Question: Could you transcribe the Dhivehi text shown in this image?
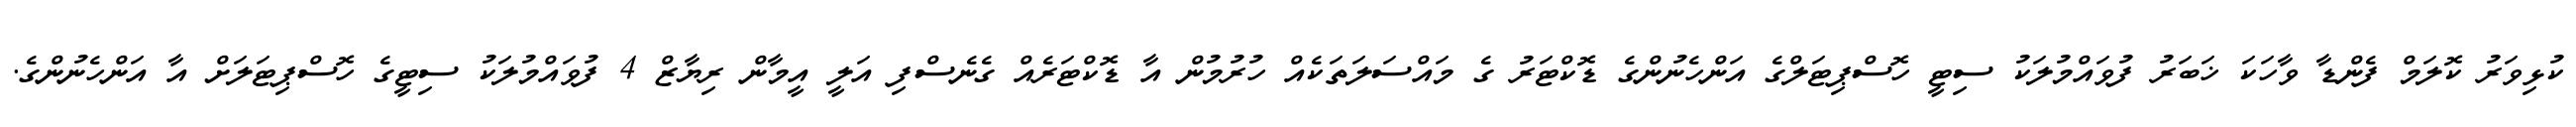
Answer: ކުޅިވަރު ކޮލަމް ފެންޑާ ވާހަކަ ޚަބަރު ފުވައްމުލަކު ސިޓީ ހޮސްޕިޓަލްގެ އަންހެނުންގެ ޑޮކްޓަރު ގެ މައްސަލަތަކެއް ހުރުމުން އާ ޑޮކްޓަރެއް ގެނެސްފި އަލީ އީމާން ރިޔާޒް 4 ފުވައްމުލަކު ސިޓީގެ ހޮސްޕިޓަލަށް އާ އަންހެނުންގެ.